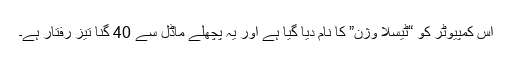
اس کمپیوٹر کو “ٹیسلا وژن” کا نام دیا گیا ہے اور یہ پچھلے ماڈل سے 40 گنا تیز رفتار ہے۔